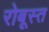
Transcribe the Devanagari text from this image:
रोबूस्त